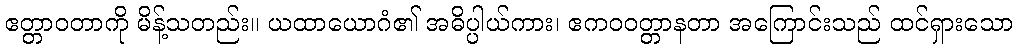
ဧတ္တာဝတာကို မိန့်သတည်း။ ယထာယောဂံ၏ အဓိပ္ပါယ်ကား၊ ဧကဝဝတ္တာနတာ အကြောင်းသည် ထင်ရှားသော